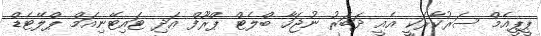
ޕީޕީއެމް ސަރުކާރަކީ އެއީ ދަބަރު ނުޖަހާ ބްލެޓް ޕްރޫފް އަދި ޓައިޓޭނިއަމް ޕްލޭޓެޑް